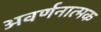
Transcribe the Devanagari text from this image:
अवर्णनात्मक